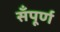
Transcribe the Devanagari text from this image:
सँपूर्ण